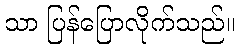
သာ ပြန်ပြောလိုက်သည်။